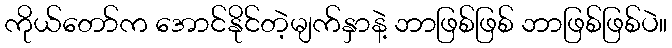
ကိုယ်တော်က အောင်နိုင်တဲ့မျက်နှာနဲ့ ဘာဖြစ်ဖြစ် ဘာဖြစ်ဖြစ်ပဲ။